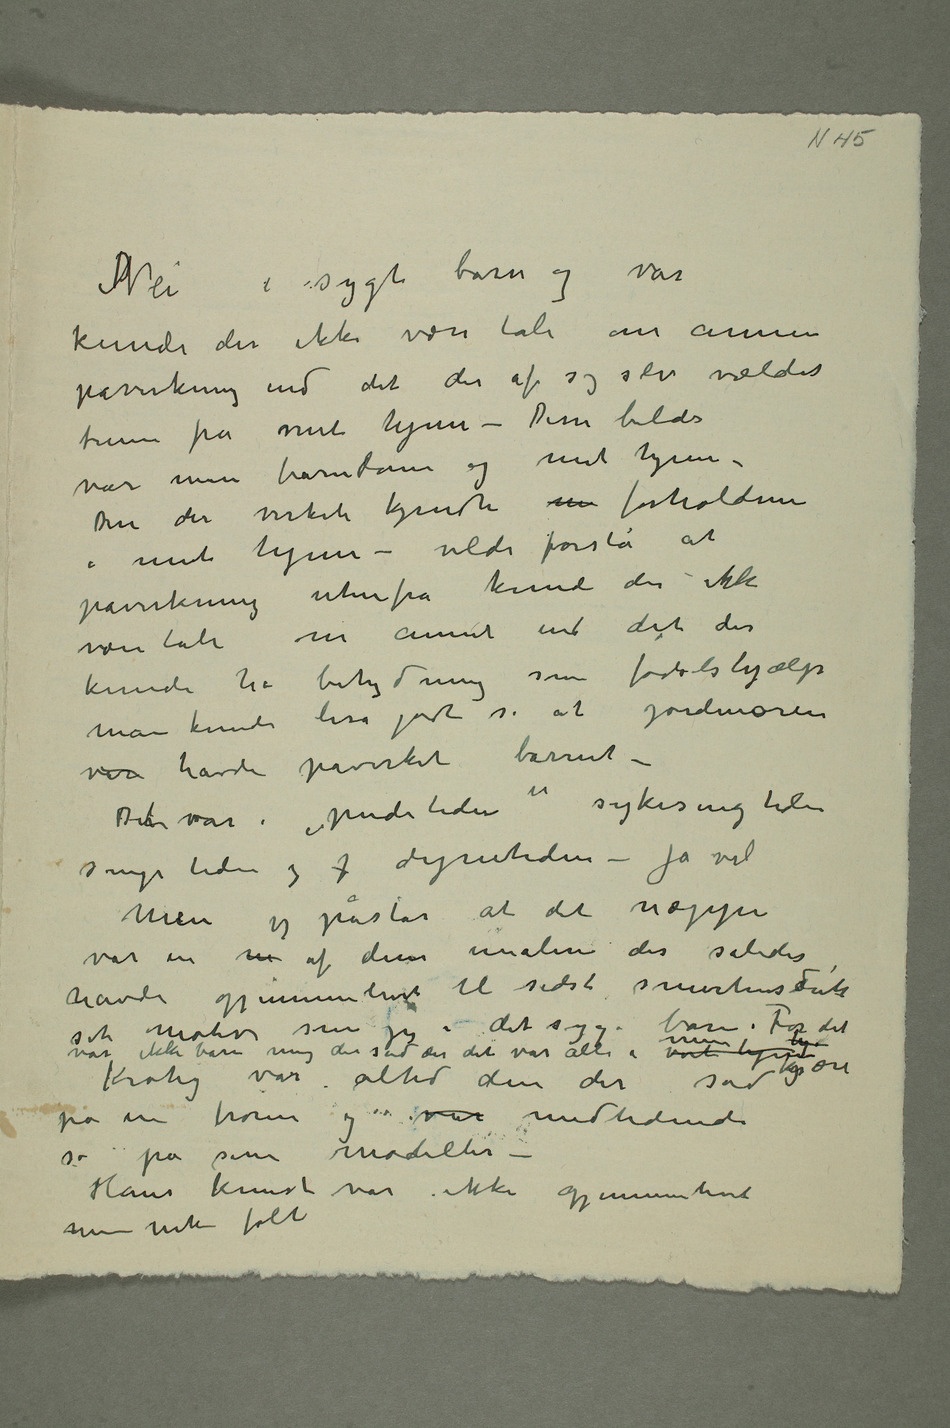
DNei i sygt barn og vår
kunde der ikke være tale om annen
påvirkning end det der af sig selv vælder
frem fra mit hjem – Disse bilder
Den der virkeli kjendte m forholdene
i mit hjem – vilde forstå at
påvirkning utenfra kunde der ikke
være tale om annet end det der
kunde ha betydning som fødselshjælp
man kunde liså godt si at jordmoren
var havde påvirket barnet –
Dert var i «pudetiden» sykeseng tiden
sengetiden og p dynetiden – ja vel
Men jeg påstår at det næppe
var en m af disse malere der således
havde gjennemlevet til sidste smertensdrik
sit motiv som jeg i det syge barn. For det var
Krohg var altid den der sad
på en trone og var medlidende
så på sine modeller –
Hans kunst var ikke gjennemlevet
men nok følt